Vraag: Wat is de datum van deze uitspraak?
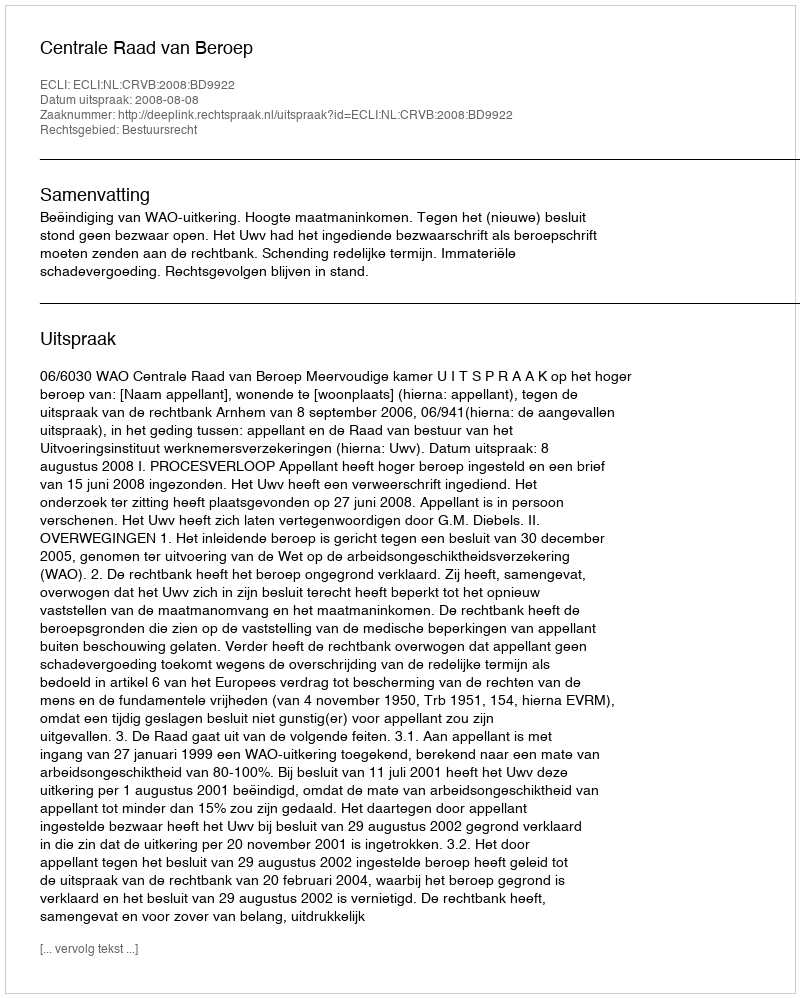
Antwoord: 2008-08-08